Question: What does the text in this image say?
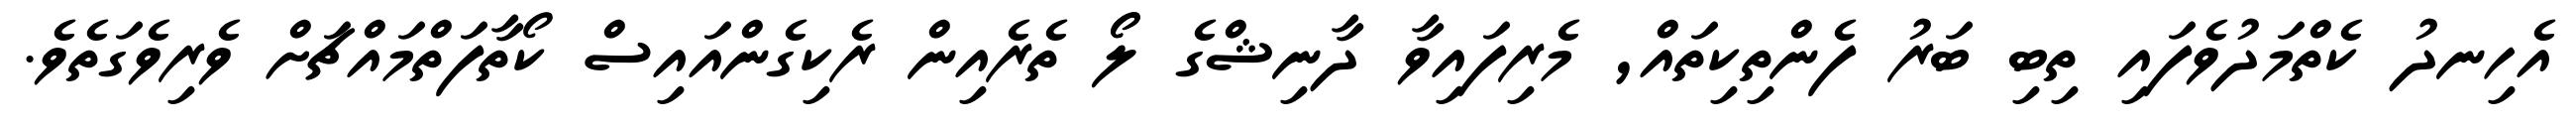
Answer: އެހިނދު ކެތްމަދުވެފައި ތިބި ބަރު ފެންތިކިތައް, މެރިފައިވާ ދާނިޝްގެ ލޯޯ ތެރެއިން ރެކިގެންއައިސް ކޯތާފަތްމައްޗަށް ވެރިވެގަތެވެ.